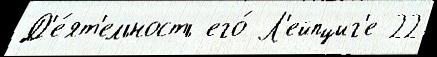
Д'е́ят'ельность его́ Л'ейпциг'е 22